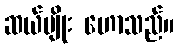
ဆယ်မျိုး ဟောသည်။